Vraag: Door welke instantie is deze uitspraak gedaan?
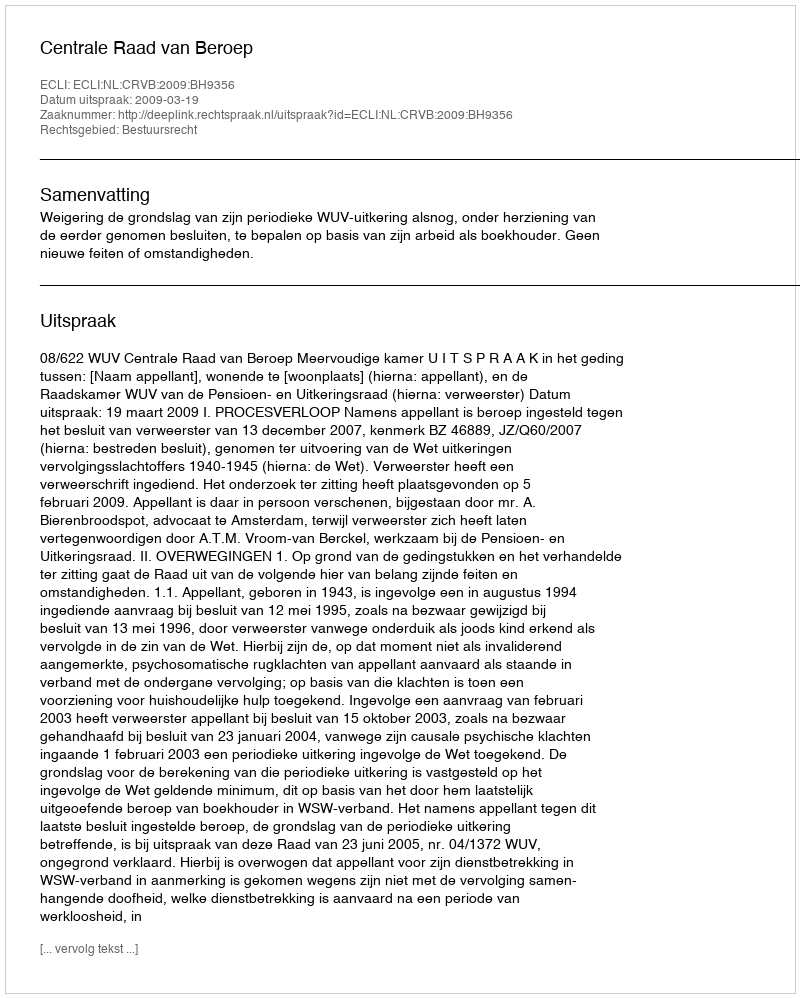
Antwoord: Centrale Raad van Beroep